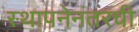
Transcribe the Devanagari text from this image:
स्थापनेनंतरची